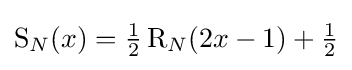
\operatorname {S} _{N}(x)={\tfrac {1}{2}}\operatorname {R} _{N}(2x-1)+{\tfrac {1}{2}}